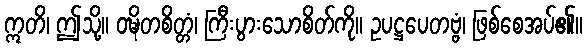
ဣတိ၊ ဤသို့။ ဝဍ္ဎိတစိတ္တံ၊ ကြီးပွားသောစိတ်ကို။ ဥပဋ္ဌပေတဗ္ဗံ၊ ဖြစ်စေအပ်၏။